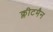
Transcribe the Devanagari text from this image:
क्लीटमैन